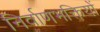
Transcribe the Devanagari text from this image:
निर्वाणभक्तियों